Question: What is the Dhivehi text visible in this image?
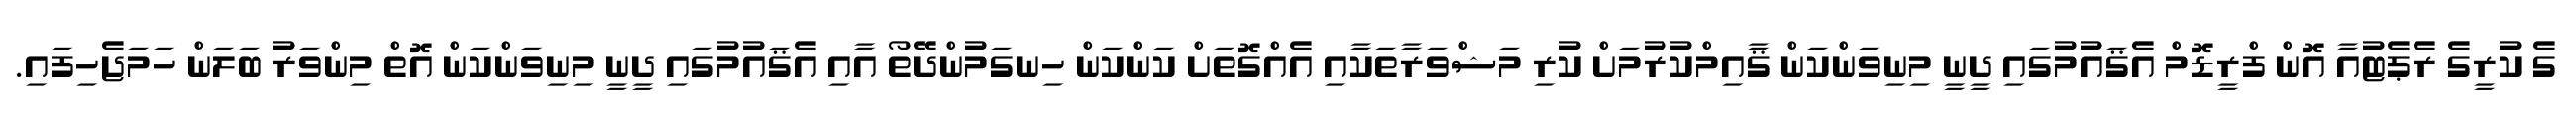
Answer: ގެ ކުރީގެ ރެޕެޓުއާ އޮން ފްރީޑޮމް އެޤައުމުގައި ދީނީ މިނިވަންކަން ޤާއިމްކުރުމަށް ކުރި މަޝްވަރާތަކާއި އެއްގޮތަށް ކަންކަން ހިނގަމުންދޭތޯ އާއި އެޤައުމުގައި ދީނީ މިނިވަންކަން އޮތް މިންވަރު ބަލަން ހަމަޖެހިފައި.